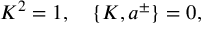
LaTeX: K ^ { 2 } = 1 , \quad \{ K , a ^ { \pm } \} = 0 ,